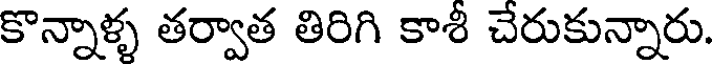
కొన్నాళ్ళ తర్వాత తిరిగి కాశీ చేరుకున్నారు.